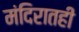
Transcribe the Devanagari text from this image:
मंदिरातही